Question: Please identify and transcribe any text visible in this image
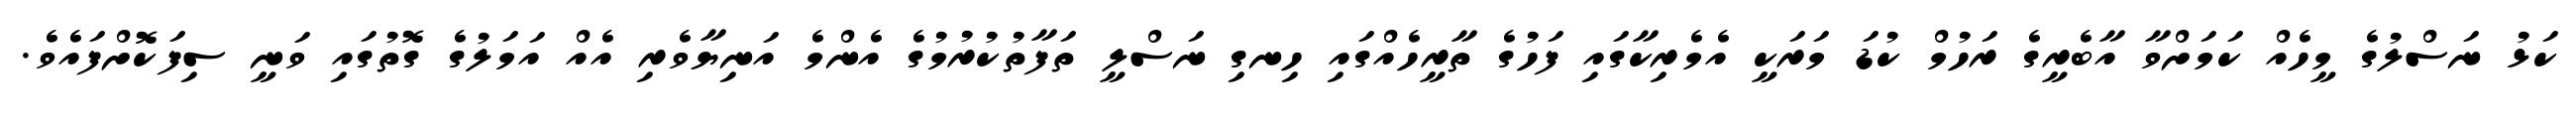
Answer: ކަޅު ނަސްލުގެ މީހެއް ކަމަށްވާ އާބެރީގެ ރަހުމް ކުޑަ މަރަކީ އެމެރިކާގައި ފަހުގެ ތާރީހެއްގައި ހިނގި ނަސްލީ ތަފާތުކުރުމުގެ އެންމެ އަނިޔާވެރި އެއް އަމަލުގެ ގޮތުގައި ވަނީ ސިފަކޮށްފައެވެ.